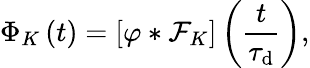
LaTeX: \Phi_{K}\left(t\right)=\left[\varphi*\mathcal{F}_{K}\right]\left(\frac{t}{\tau_{\mathrm{d}}}\right),